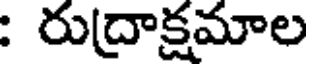
: రుద్రాక్షమాల